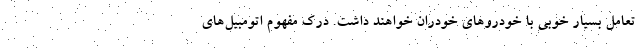
تعامل بسیار خوبی با خودروهای خودران خواهند داشت. درک مفهوم اتومبیل‌های